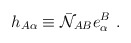
\begin{align*}h_{A\alpha} \equiv \bar {\cal N}_{AB} e_\alpha ^B\ . \end{align*}